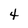
Character: 4